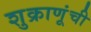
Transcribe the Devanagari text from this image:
शुक्राणूंची